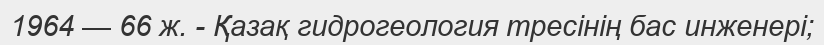
1964 — 66 ж. - Қазақ гидрогеология тресінің бас инженері;